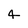
Character: 4